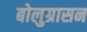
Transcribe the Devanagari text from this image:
बोलुग्रासन